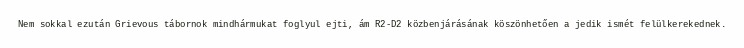
Nem sokkal ezután Grievous tábornok mindhármukat foglyul ejti, ám R2-D2 közbenjárásának köszönhetően a jedik ismét felülkerekednek.